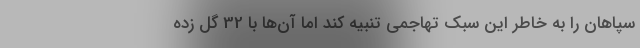
سپاهان را به خاطر این سبک تهاجمی تنبیه کند اما آن‌ها با 32 گل زده